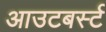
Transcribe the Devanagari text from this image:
आउटबर्स्ट